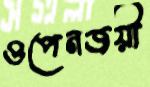
ওপেনজয়ী